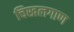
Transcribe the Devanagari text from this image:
चिखलगाण